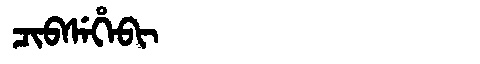
Manchu: ᠴᡳᠪᠰᡝᡥᡝᠪᡳ
Romanization: CIBSEHEBI